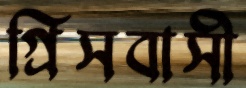
গ্রিসবাসী